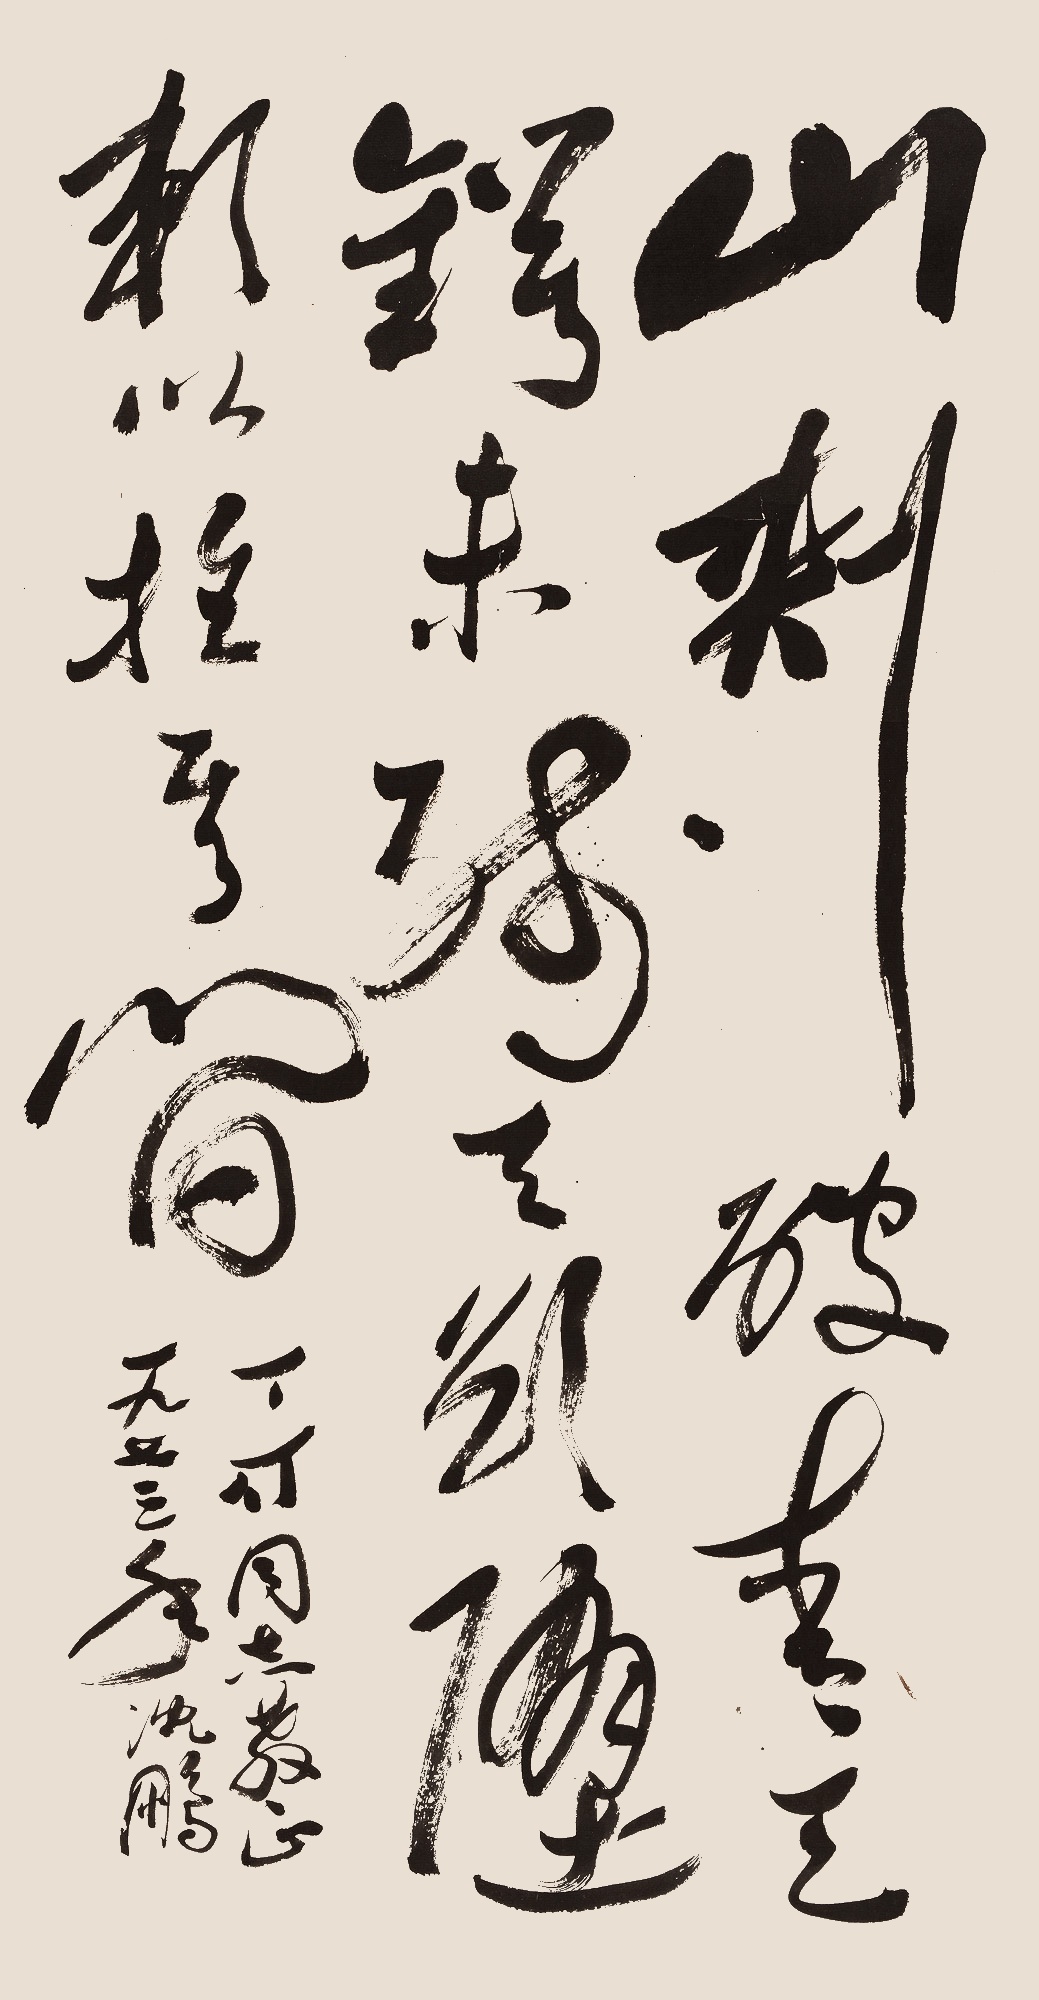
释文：山，刺破青天锷未残。天欲堕，赖以拄其间。丁可同志教正。一九七三年，沈鹏。